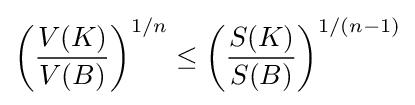
\left({\frac {V(K)}{V(B)}}\right)^{1/n}\leq \left({\frac {S(K)}{S(B)}}\right)^{1/(n-1)}